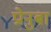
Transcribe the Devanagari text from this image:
प्रोनुबा